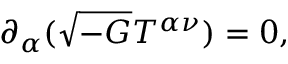
\partial _ { \alpha } ( \sqrt { - G } T ^ { \alpha \nu } ) = 0 ,